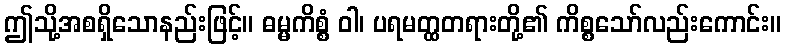
ဤသို့အစရှိသောနည်းဖြင့်။ ဓမ္မကိစ္စံ ဝါ၊ ပရမတ္ထတရားတို့၏ ကိစ္စသော်လည်းကောင်း။